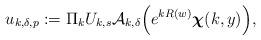
LaTeX: \begin{align*}u_{k,\delta,p}:=\Pi_kU_{k,s}\mathcal{A}_{k,\delta}\Bigl(e^{kR(w)}\boldsymbol{\chi}(k,y)\Bigr),\end{align*}